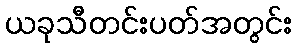
ယခုသီတင်းပတ်အတွင်း